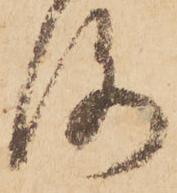
洛